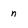
Character: n